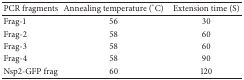
| PCR fragments | Annealing temperature (°C) | Extension time (S) |
 | --- | --- | --- |
 | Frag-1 | 56 | 30 |
 | Frag-2 | 58 | 60 |
 | Frag-3 | 58 | 60 |
 | Frag-4 | 58 | 90 |
 | Nsp2-GFP frag | 60 | 120 |